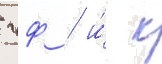
чф / и́ к